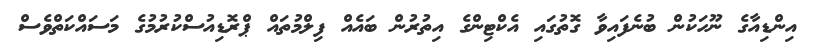
އިންޑިއާގެ ނޫހަކުން ބުނެފައިވާ ގޮތުގައި އެކްޓިންގެ އިތުރުން ބައެއް ފިލްމުތައް ޕްރޮޑިއުސްކުރުމުގެ މަސައްކަތްވެސް